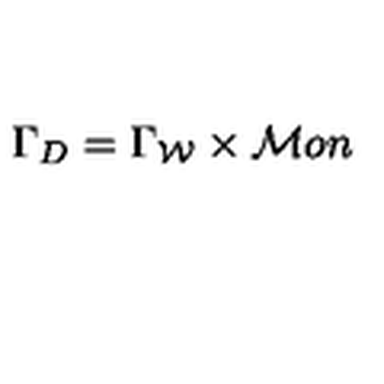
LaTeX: \Gamma _ { D } = \Gamma _ { \cal W } \times { \cal M } o n